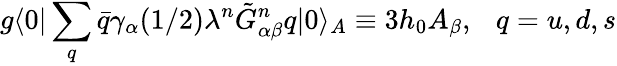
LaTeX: g\langle 0\vert\sum_{q}\bar{q}\gamma_{\alpha}(1/2)\lambda^{n}\tilde{G}_{\alpha\beta}^{n}q\vert 0\rangle_{A}\equiv 3h_{0}A_{\beta},~~~q=u,d,s